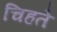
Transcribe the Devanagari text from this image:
चिहते